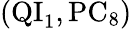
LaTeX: (\mathrm{QI}_{1},\mathrm{PC}_{8})